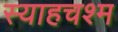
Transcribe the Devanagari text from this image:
स्याहचश्म